Report on lock hospitals in British Burma
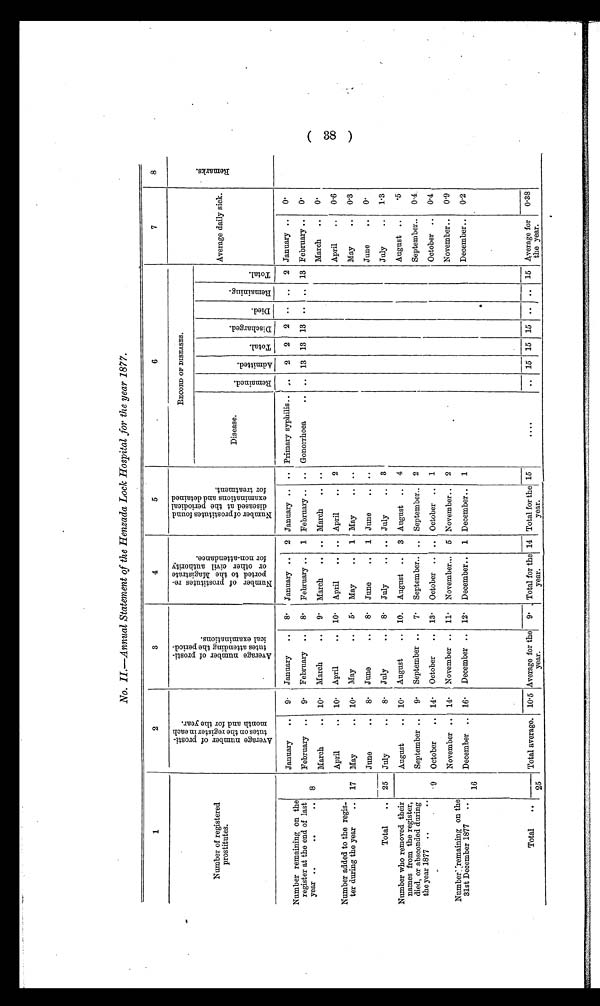
No. II—Annual Statement of the Henzada Lock Hospital for the year 1877.
1
2
3
4
5
6
7
8
Number of registered
prostitutes.
A v e r a g e n u m b e r o f p r o s t i -
t u t e s o n t h e r e g i s t e r i n e a c h
m o n t h a n d f o r t h e y e a r .
A v e r a g e n u m b e r o f p r o s t i -
t u t e s a t t e n d i n g t h e p e r i o d -i
c a l e x a m i n a t i o n s .
N u m b e r o f p r o s t i t u t e s r e -
p o r t e d t o t h e M a g i s t r a t eo
r o t h e r c i v i l a u t h o r i t y
f o r n o n - a t t e n d a n c e .
.
N u m b e r o f p r o s t i t u t e s f o u n d
d i s e a s e d a t t h e p e r i o d i c a le
x a m i n a t i o n s a n d d e t a i m e df
o r t r e a t e d .
RECORD OF DISEASES.
Average daily sick.
R e a m a r k s .
Disease.
R e m a i n e d .
A d m i t t e d .
T o t a l .
D i s c h a r g e d .
D i e d
.
R e a m i n i n g .
T o t a l
Number remaining on the
register at the end of last
year ..
..
..
8
January
..
9. January
..
8 . January ..
2 January .. .. Primary syphilis.. ..
2
2
2 .. ..
2 January ..
0 .
February ..
9. February ..
8.
February ..
1 February .. .. Gonorrhoea
.. .. 13 13 13 .. .. 13 February ..
0 .
March
.. 10 .
March
..
9 . March
.. .. March
..
. .
March
..
0.
Number added to the regis-
ter during the year
..
April
..
10. April
..
10 . April
.. .. April..
April
..
0.6
17
May
.. 10. May
..
5. May
..
1 May
..
. .
May ..
0.3
June
..
8 . June
..
8 . June
..
1 June
..
. .
June
..
0 .
Total
..
25
July
..
8 . July
..
8 . July
.. .. July ..
3
July
..
1.3
Number who removed their
names from the register,
died, or absconded during
the year 1877 ..
..
August
.. 10. August
.. 10. August ..
3 August ..
4
August ..
.5
September ..
9 . September ..
7 .
September.. .. September..
2
September..
0.4
.9 October
.. 14 . October
.. 13 . October .. .. October .. 1
October ..
0.4
Number remaining on the
31st December 1877
..
November ..
14. November .. 11 . November.,. 5 November.. 2
November ..
0.9
16
December .. 16. December .. 12. December.. 1 December..
1
December..
0.2
Total
..
Total average. 10 . 5 Average for the
year.
9 Total for the
year.
14 Total for the
year.
15
....
.. 15 15 15 .. .. 15 Average for
the year.
0 . 38
--
25
( 38 )